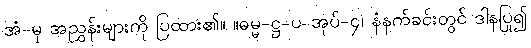
အံ-မှ အညွှန်းများကို ပြထား၏။ ။ဓမ္မ-ဋ္ဌ-ပ-အုပ်-၄၊ နံနက်ခင်းတွင် ဒါနပြု၍